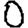
Digit: 0